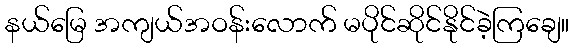
နယ်မြေ အကျယ်အဝန်းလောက် မပိုင်ဆိုင်နိုင်ခဲ့ကြချေ။